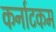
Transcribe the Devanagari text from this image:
कर्नाटकम